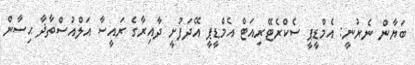
ބަޔާން ނެރުނީ: އެމްޑީޕީ ސެކްރެޓޭރިއަޓް އެމްޑީޕީ އޭދަފުށީ ދާއިރާގެ ރައީސާ އަލްއުސްތާޛާ ޙިސާން